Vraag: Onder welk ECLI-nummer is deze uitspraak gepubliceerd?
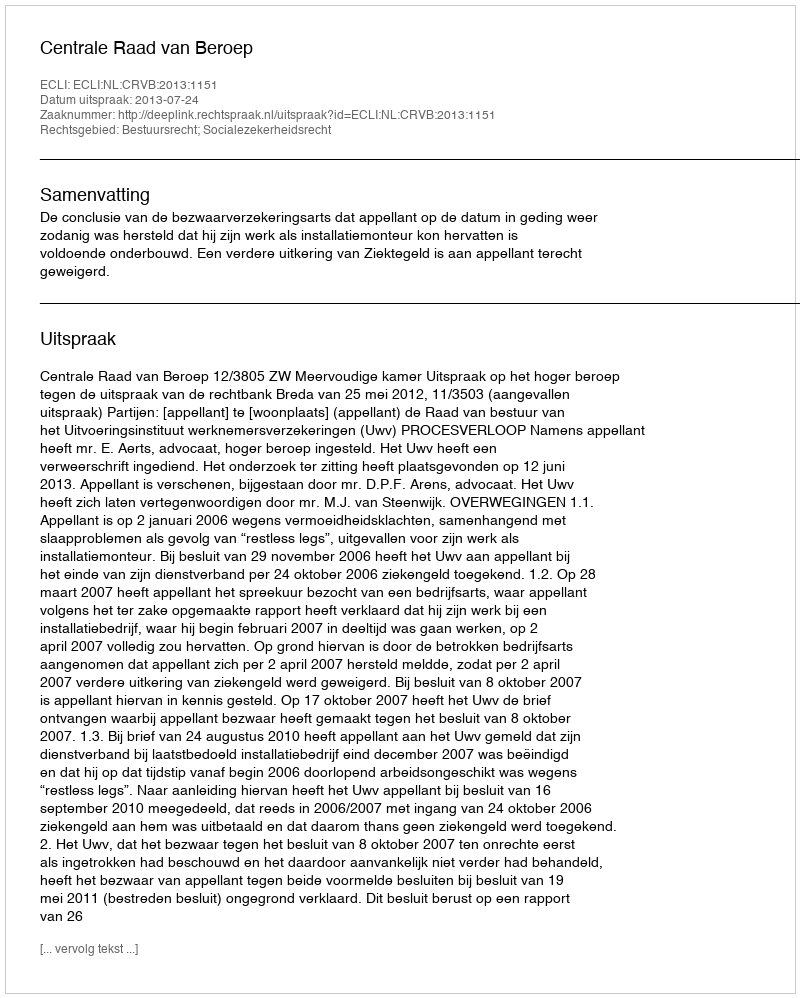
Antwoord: ECLI:NL:CRVB:2013:1151